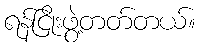
ရန်ငြိုးဖွဲ့တတ်တယ်။